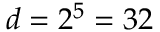
d = 2 ^ { 5 } = 3 2